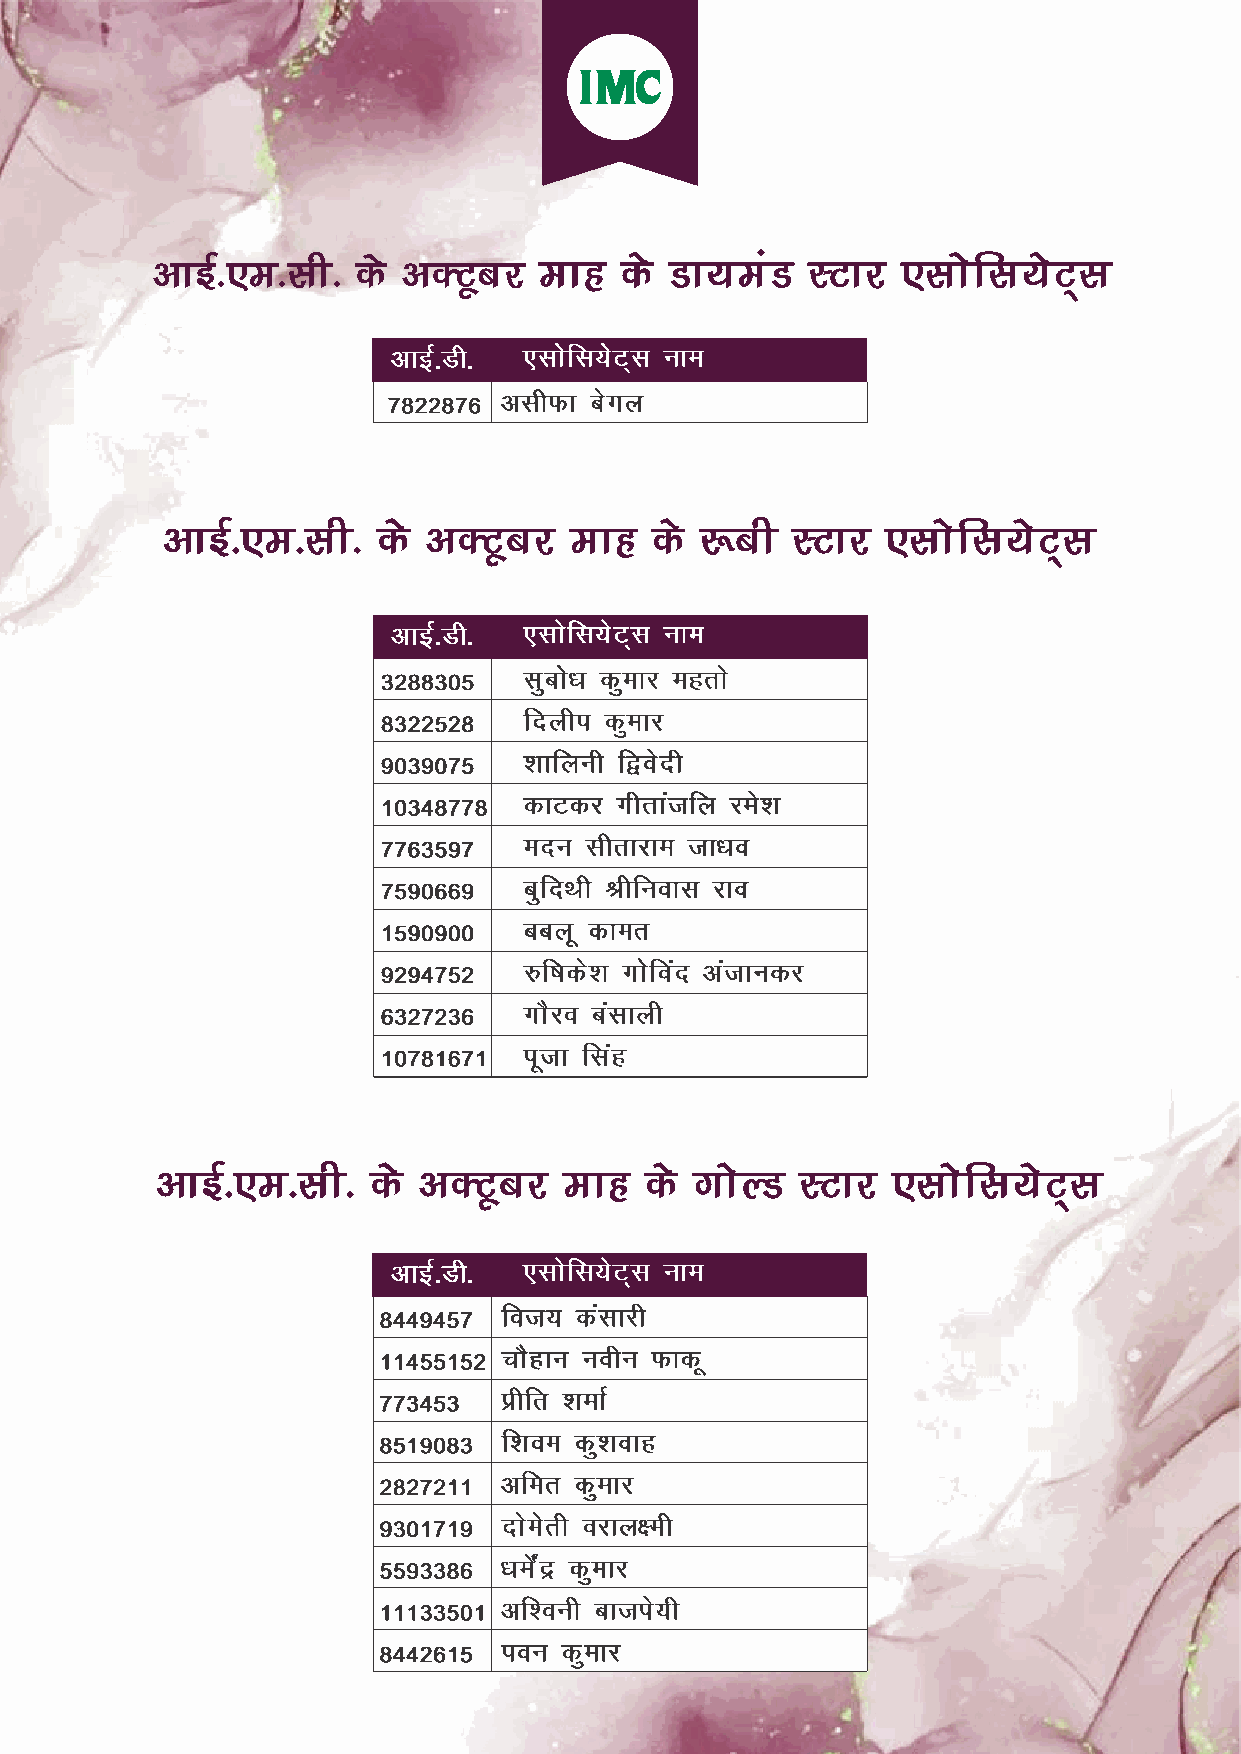
vkbZ-,e-lh-   ds vDVwcj   ekg  ds Mk;eaM    LVkj  ,lksfl;sV~l
 vkbZ-,e-lh-   ds vDVwcj    ekg  ds :ch   LVkj   ,lksfl;sV~l
 vkbZ-,e-lh-    ds vDVwcj   ekg   ds xksYM  LVkj  ,lksfl;sV~l